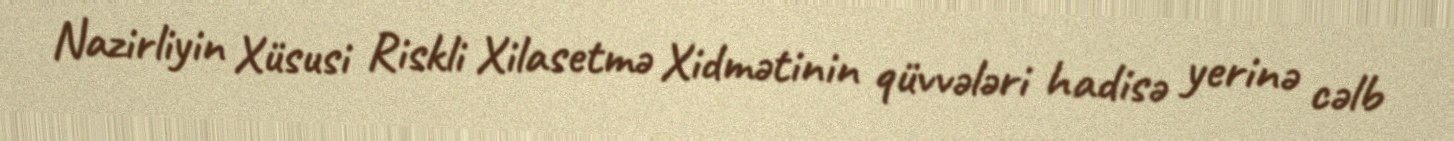
Nazirliyin Xüsusi Riskli Xilasetmə Xidmətinin qüvvələri hadisə yerinə cəlb